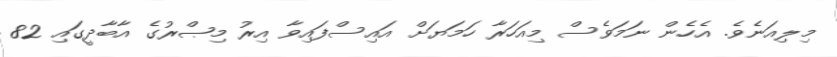
މިލިއަނެވެ. އެހެން ނަމަވެސް މިއަހަރާ ހަމަޔަށް އައިސްފައިވާ އިރު މިޞްރުގެ އާބާދީގައި 82